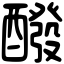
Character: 醱